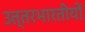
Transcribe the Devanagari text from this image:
उत्तरभारतीयों